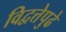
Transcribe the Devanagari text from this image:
विद्वत्तेपुढे